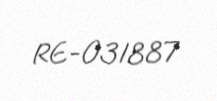
RE-031887